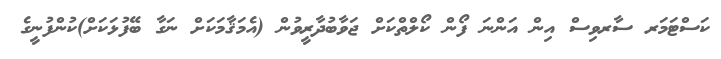
ކަސްޓަމަރ ސާރވިސް އިން އަންނަ ފޯން ކޯލްތްކަށް ޖަވާބުދާރީވުން (އެމަޤާމަކަށް ނަގާ ބޭފުޅަކަށް)ކުންފުނީގެ